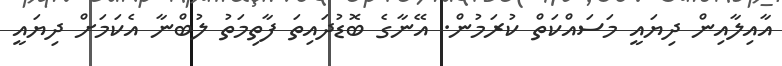
އާއިލާއިން ދިޔައީ މަސައްކަތް ކުރަމުން. އޭނާގެ ބޮޑުދައިތަ ފާތިމަތު ލުބްނާ އެކަމަށް ދިޔައީ